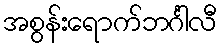
အစွန်းရောက်ဘင်္ဂါလီ